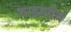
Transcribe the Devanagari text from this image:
वाइडवेब